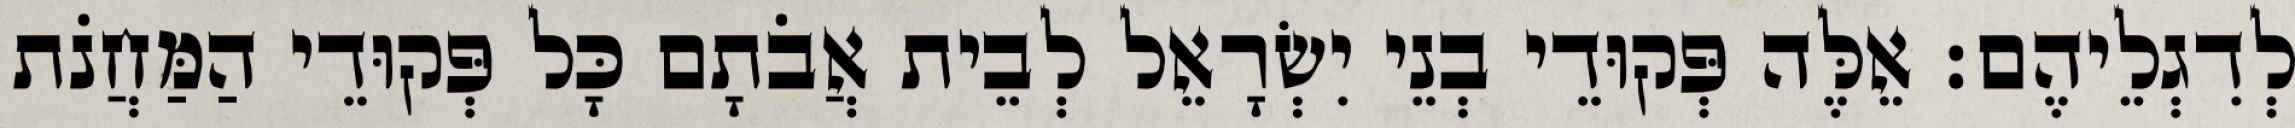
לְדִגְלֵיהֶם׃ אֵלֶּה פְּקוּדֵי בְנֵי יִשְׂרָאֵל לְבֵית אֲבֹתָם כָּל פְּקוּדֵי הַמַּחֲנֹת